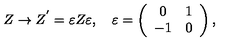
Z \rightarrow Z ^ { ' } = \varepsilon Z \varepsilon , \quad \varepsilon = \left( \begin{array} { c r c } { 0 } & { 1 } \\ { - 1 } & { 0 } \\ \end{array} \right) ,